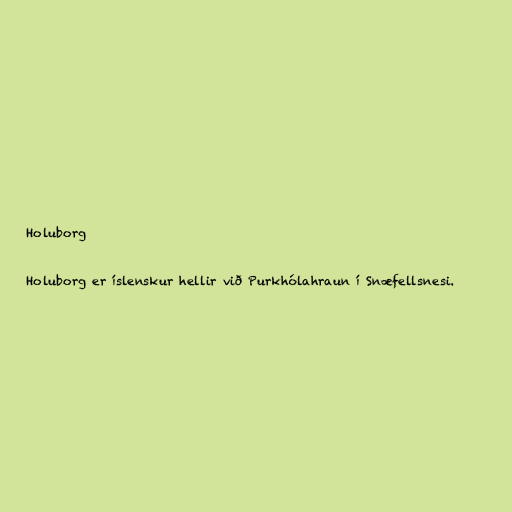
Holuborg

Holuborg er íslenskur hellir við Purkhólahraun í Snæfellsnesi.